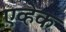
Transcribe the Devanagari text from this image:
एव्हेक